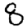
Digit: 8